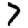
Digit: 7